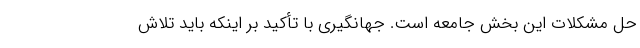
حل مشکلات این بخش جامعه است. جهانگیری با تأکید بر اینکه باید تلاش